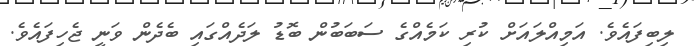
ލިބިފައެވެ. އަމިއްލައަށް ކުރި ކަމެއްގެ ސަބަބުން ބޮޑު ލަދެއްގައި ބެދެން ވަނީ ޖެހިފައެވެ.